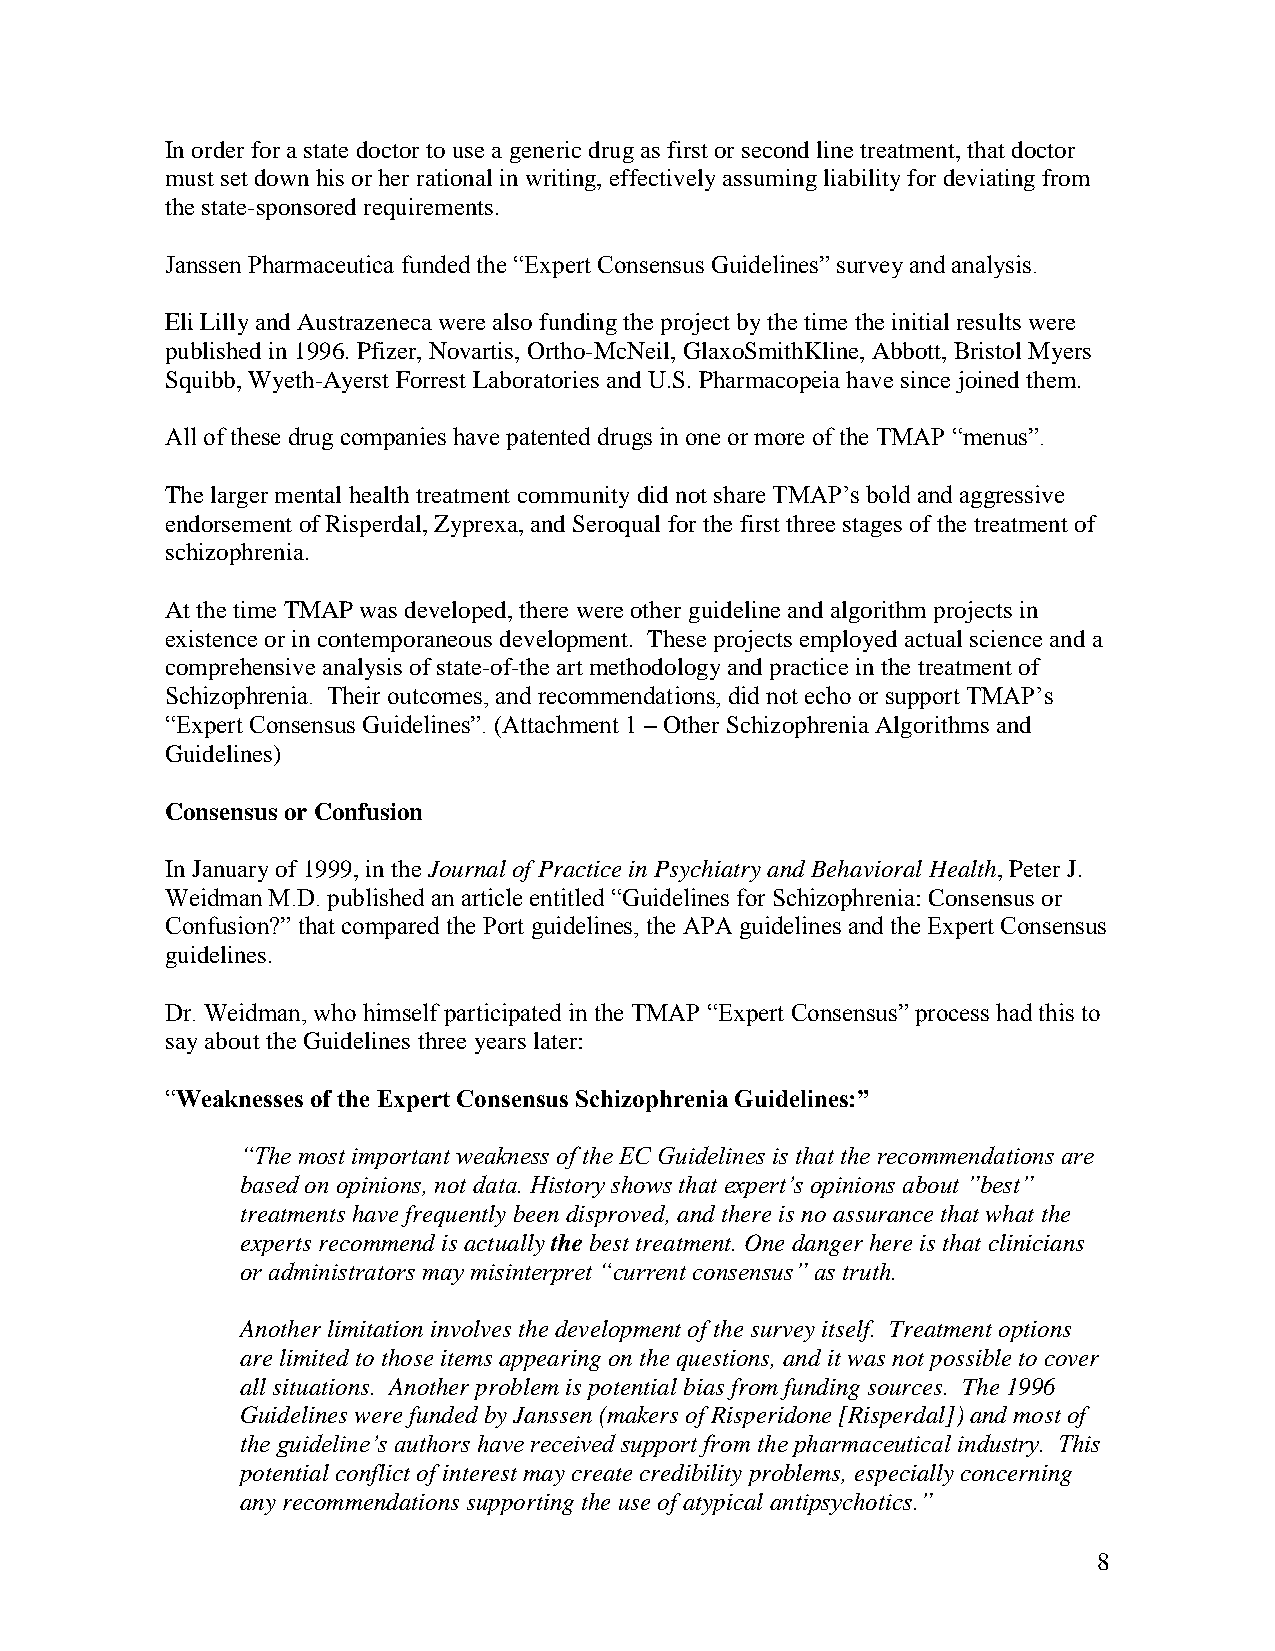
Inorder forastatedoctor tousea genericdrugas first orsecondlinetreatment,that doctor
 must set downhis orher rational inwriting, effectivelyassumingliabilityfordeviatingfrom
 thestate-sponsored requirements.
 Janssen Pharmaceutica funded the “Expert Consensus Guidelines” survey and analysis.
 Eli LillyandAustrazenecawerealso fundingthe project bythetimetheinitial results were
 publishedin1996.Pfizer,Novartis, Ortho-McNeil,GlaxoSmithKline,Abbott,Bristol Myers
 Squibb,Wyeth-Ayerst Forrest Laboratories and U.S.Pharmacopeiahave sincejoinedthem.
 All of these drug companies have patented drugs in one or more of the TMAP “menus”.
 Thelargermental healthtreatment communitydid not share TMAP’s bold and aggressive
 endorsement ofRisperdal,Zyprexa,andSeroqual forthefirst threestages ofthetreatment of
 schizophrenia.
 At thetimeTMAP was developed,therewereother guidelineand algorithm projects in
 existenceorincontemporaneous development. Theseprojects employedactual scienceanda
 comprehensive analysis ofstate-of-theart methodologyandpracticeinthe treatment of
 Schizophrenia. Their outcomes, and recommendations, did not echo or support TMAP’s
 “Expert Consensus Guidelines”. (Attachment 1 –OtherSchizophreniaAlgorithms and
 Guidelines)
 Consensus orConfusion
 InJanuaryof1999,intheJournal of Practicein PsychiatryandBehavioral Health,PeterJ.
 Weidman M.D. published an article entitled “Guidelines for Schizophrenia: Consensus or
 Confusion?” that compared the Port guidelines, the APA guidelines and the Expert Consensus
 guidelines.
 Dr. Weidman, who himself participated in the TMAP “Expert Consensus” process had this to
 sayabout theGuidelines three years later:
 “Weaknesses of the Expert Consensus Schizophrenia Guidelines:”
 “The most important weakness of the EC Guidelines is that the recommendations are
 based on opinions, not data. History shows that expert’s opinions about ”best”
 treatments havefrequentlybeendisproved,andthereis noassurancethat what the
 experts recommendis actuallythebest treatment.Onedanger hereis that clinicians
 or administrators may misinterpret “current consensus” as truth.
 Another limitationinvolves thedevelopment of the surveyitself. Treatment options
 arelimitedtothoseitems appearingonthequestions, andit was not possibletocover
 all situations. Another problemis potential bias fromfundingsources. The1996
 Guidelines werefunded byJanssen (makers of Risperidone[Risperdal])andmost of
 the guideline’s authors have received support from the pharmaceutical industry. This
 potential conflict of interest maycreatecredibility problems, especiallyconcerning
 anyrecommendations supportingtheuseof atypical antipsychotics.”
 8